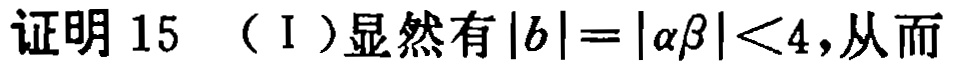
证明 15 （I）显然有\(|b| = |\alpha\beta| < 4\)，从而